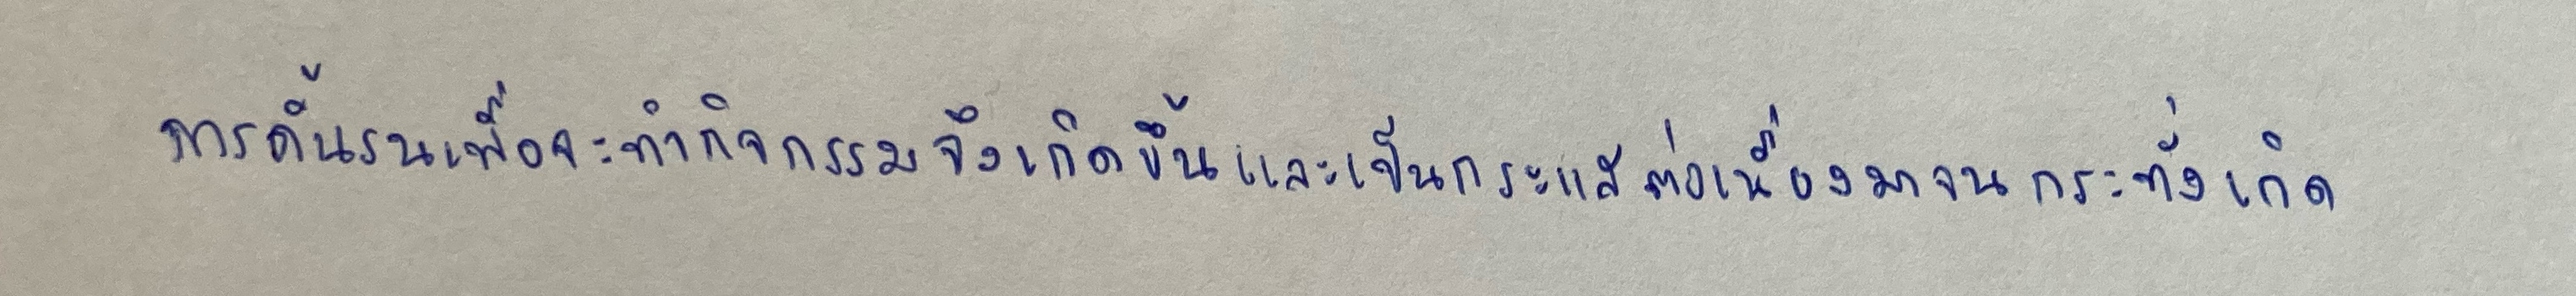
การดิ้นรนเพื่อจะทำกิจกรรมจึงเกิดขึ้นและเป็นกระแสต่อเนื่องมาจนกระทั่งเกิด